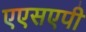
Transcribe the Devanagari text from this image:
एएसएपी